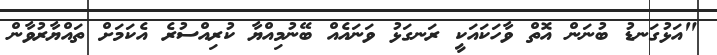
"އަޅުގަނޑު ބުނަން އޮތް ވާހަކައަކީ ރަނގަޅު ވަނައެއް ބޭނުމިއްޔާ ކުރިއްސުރެ އެކަމަށް ތައްޔާރުވާން